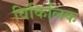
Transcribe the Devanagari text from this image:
विकिलिक